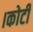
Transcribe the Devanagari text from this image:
।कोटी